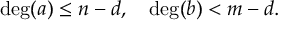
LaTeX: \deg ( a ) \leq n - d , \quad \deg ( b ) < m - d .